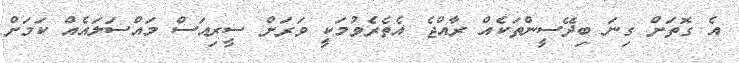
އެ ގޮތަށް ގިނަ ބިދޭސީންތަކެއް ރާއްޖެ އެތެރެވުމަކީ ވަރަށް ސީރިއަސް މައްސަލައެއް ކަމަށް